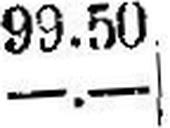
—.—